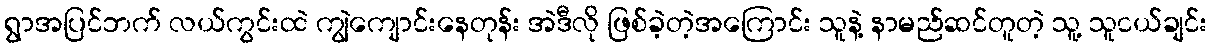
ရွာအပြင်ဘက် လယ်ကွင်းထဲ ကျွဲကျောင်းနေတုန်း အဲဒီလို ဖြစ်ခဲ့တဲ့အကြောင်း သူနဲ့ နာမည်ဆင်တူတဲ့ သူ့ သူငယ်ချင်း